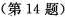
(第14题)